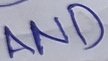
Text: AND